Report of the Municipal Commissioner on the plague in Bombay for the year ending 31st May... - Volume 1
Disease focus: Plague
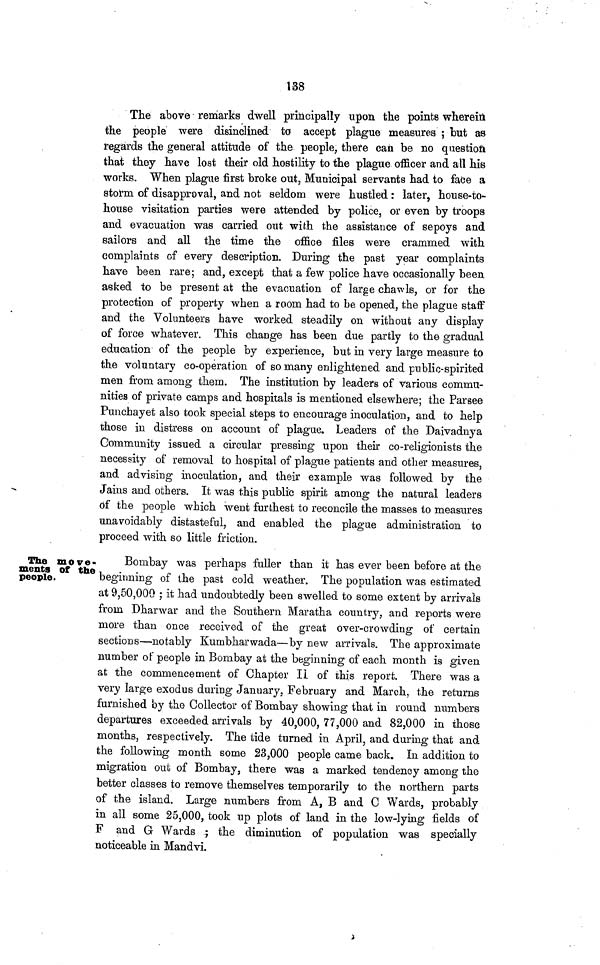
138
The above remarks dwell principally upon the points wherein
the people were disinclined to accept plague measures ; but as
regards the general attitude of the people, there can be no question
that they have lost their old hostility to the plague officer and all his
works. When plague first broke out, Municipal servants had to face a
storm of disapproval, and not seldom were hustled : later, house-to-
house visitation parties were attended by police, or even by troops
and evacuation was carried out with the assistance of sepoys and
sailors and all the time the office files were crammed with
complaints of every description. During the past year complaints
have been rare; and, except that a few police have occasionally been
asked to be present at the evacuation of large chawls, or for the
protection of property when a room had to be opened, the plague staff
and the Volunteers bave worked steadily on without any display
of force whatever. This change has been due partly to the gradual
education of the people by experience, but in very large measure to
the voluntary co-operation of so many enlightened and public-spirited
men from among them. The institution by leaders of various commu-
nities of private camps and hospitals is mentioned elsewhere; the Farsee
Punchayet also took special steps to encourage inoculation, and to help
those in distress on account of plague. Leaders of the Daivadnya
Community issued a circular pressing upon their co-religionists the
necessity of removal to hospital of plague patients and other measures,
and advising inoculation, and their example was followed by the
Jains and others. It was this public spirit among the natural leaders
of the people which went furthest to reconcile the masses to measures
unavoidably distasteful, and enabled the plague administration to
proceed with so little friction.
The move-
menta of the
people.
Bombay was perhaps fuller than it has ever been before at the
beginning of the past cold weather. The population was estimated
at 9,50,000 ; it had undoubtedly been swelled to some extent by arrivals
from Dharwar and the Southern Maratha country, and reports were
more than once received of the great over-crowding of certain
sections—notably Kumbharwada—by new arrivals. The approximate
number of people in Bombay at the beginning of each month is given
at the commencement of Chapter II of this report. There was a
very large exodus during January, February and March, the returns
furnished by the Collector of Bombay showing that in round numbers
departures exceeded arrivals by 40,000, 77,000 and 82,000 in those
months, respectively. The tide turned in April, and during that and
the following month some 23,000 people came back. In addition to
migration out of Bombay, there was a marked tendency among the
better classes to remove themselves temporarily to the northern parts
of the island. Large numbers from A, B and C Wards, probably
in all some 25,000, took up plots of land in the low-lying fields of
F and G Wards ; the diminution of population was specially
noticeable in Mandvi.